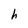
Character: h